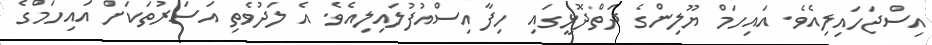
އިސްޖަހައިލިއެވެ. އައިހަމް ޔޫލިންގެ ދަތްދޮޅީގައި ހިފާ އިސްއުފުލައިލިއެވެ. އެ ލަދުވެތި އަސަރުތަކަށް އައިހަމްގެ